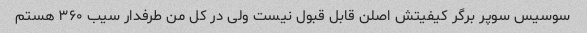
سوسیس سوپر برگر کیفیتش اصلن قابل قبول نیست ولی در کل من طرفدار سیب ۳۶۰ هستم